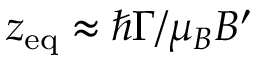
z _ { \mathrm { e q } } \approx \hbar \Gamma / \mu _ { B } B ^ { \prime }